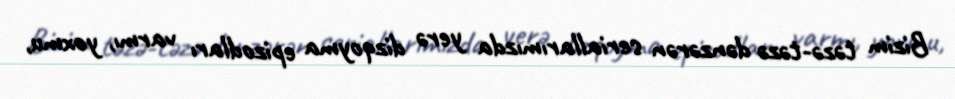
Bizim təzə-təzə dənzərən seriallarımızda yerə dizqoyma epizodları varmı, yoxmu,